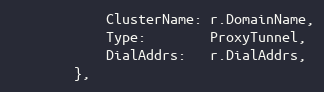
Language: Go
			ClusterName: r.DomainName,
			Type:        ProxyTunnel,
			DialAddrs:   r.DialAddrs,
		},